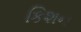
કિશન